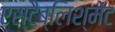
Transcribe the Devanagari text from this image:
एस्टैब्लिश्मेंट